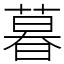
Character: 暮